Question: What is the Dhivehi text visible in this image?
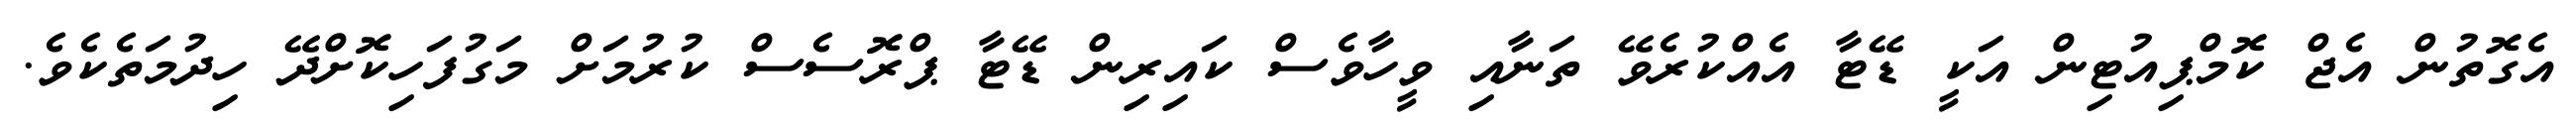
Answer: އެގޮތުން އެޖް ކޮމްޕިއުޓިން އަކީ ޑޭޓާ އެއްކުރެވޭ ތަނާއި ވީހާވެސް ކައިރިން ޑޭޓާ ޕްރޮސެސް ކުރުމަށް މަގުފަހިކޮށްދޭ ހިދުމަތެކެވެ.